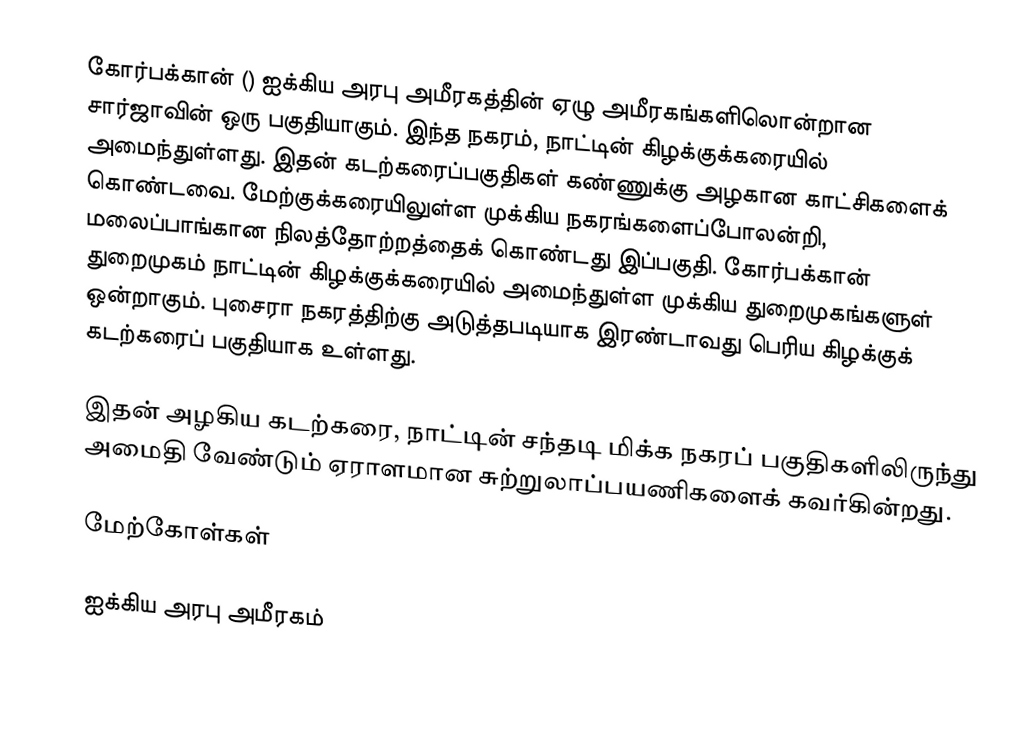
கோர்பக்கான் () ஐக்கிய அரபு அமீரகத்தின் ஏழு அமீரகங்களிலொன்றான சார்ஜாவின் ஒரு பகுதியாகும். இந்த நகரம், நாட்டின் கிழக்குக்கரையில் அமைந்துள்ளது. இதன் கடற்கரைப்பகுதிகள் கண்ணுக்கு அழகான காட்சிகளைக் கொண்டவை. மேற்குக்கரையிலுள்ள முக்கிய நகரங்களைப்போலன்றி, மலைப்பாங்கான நிலத்தோற்றத்தைக் கொண்டது இப்பகுதி. கோர்பக்கான் துறைமுகம் நாட்டின் கிழக்குக்கரையில் அமைந்துள்ள முக்கிய துறைமுகங்களுள் ஒன்றாகும். புசைரா நகரத்திற்கு அடுத்தபடியாக இரண்டாவது பெரிய கிழக்குக் கடற்கரைப் பகுதியாக உள்ளது.

இதன் அழகிய கடற்கரை, நாட்டின் சந்தடி மிக்க நகரப் பகுதிகளிலிருந்து அமைதி வேண்டும் ஏராளமான சுற்றுலாப்பயணிகளைக் கவர்கின்றது.

மேற்கோள்கள்

ஐக்கிய அரபு அமீரகம்